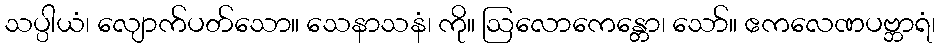
သပ္ပါယံ၊ လျောက်ပတ်သော။ သေနာသနံ၊ ကို။ ဩလောကေန္တော၊ သော်။ ဧကလေဏပဗ္ဘာရံ၊